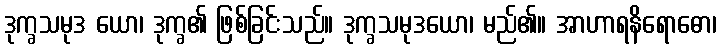
ဒုက္ခသမုဒ ယော၊ ဒုက္ခ၏ ဖြစ်ခြင်းသည်။ ဒုက္ခသမုဒယော၊ မည်၏။ အာဟာရနိရောဓော၊